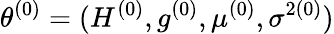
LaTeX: \theta^{(0)}=(H^{(0)},g^{(0)},\mu^{(0)},\sigma^{2(0)})